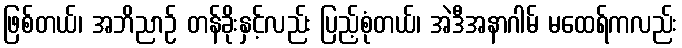
ဖြစ်တယ်၊ အဘိညာဉ် တန်ခိုးနှင့်လည်း ပြည့်စုံတယ်၊ အဲဒီအနာဂါမ် မထေရ်ကလည်း